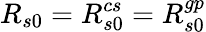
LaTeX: R_{s0}=R_{s0}^{cs}=R_{s0}^{gp}